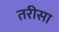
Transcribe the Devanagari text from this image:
तरीसा